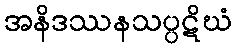
အနိဒဿနသပ္ပဋိဃံ